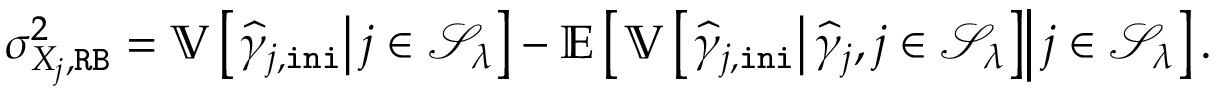
\begin{array} { r } { \sigma _ { X _ { j } , \mathtt { R B } } ^ { 2 } = \mathbb { V } \left[ \left. \widehat { \gamma } _ { j , \mathtt { i n i } } \right| j \in \mathcal { S } _ { \lambda } \right] - \mathbb { E } \left[ \left. \mathbb { V } \left[ \left. \widehat { \gamma } _ { j , \mathtt { i n i } } \right| \widehat { \gamma } _ { j } , j \in \mathcal { S } _ { \lambda } \right] \right| j \in \mathcal { S } _ { \lambda } \right] . } \end{array}